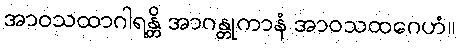
အာဝသထာဂါရန္တိ အာဂန္တုကာနံ အာဝသထဂေဟံ။